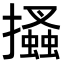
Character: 𢸪